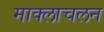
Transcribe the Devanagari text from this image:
माक्लाचलन